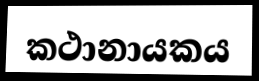
කථානායකය